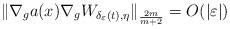
LaTeX: \begin{align*}\|\nabla_{g}a(x)\nabla_{g}W_{\delta_{\varepsilon}(t),\eta}\|_{\frac{2m}{m+2}}=O(|\varepsilon|)\end{align*}